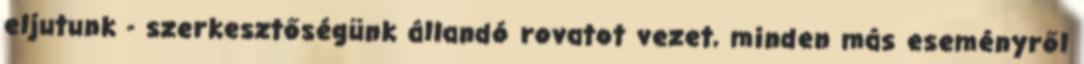
eljutunk - szerkesztőségünk állandó rovatot vezet, minden más eseményről